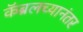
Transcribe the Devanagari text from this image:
कॅब्रलच्यानंतर